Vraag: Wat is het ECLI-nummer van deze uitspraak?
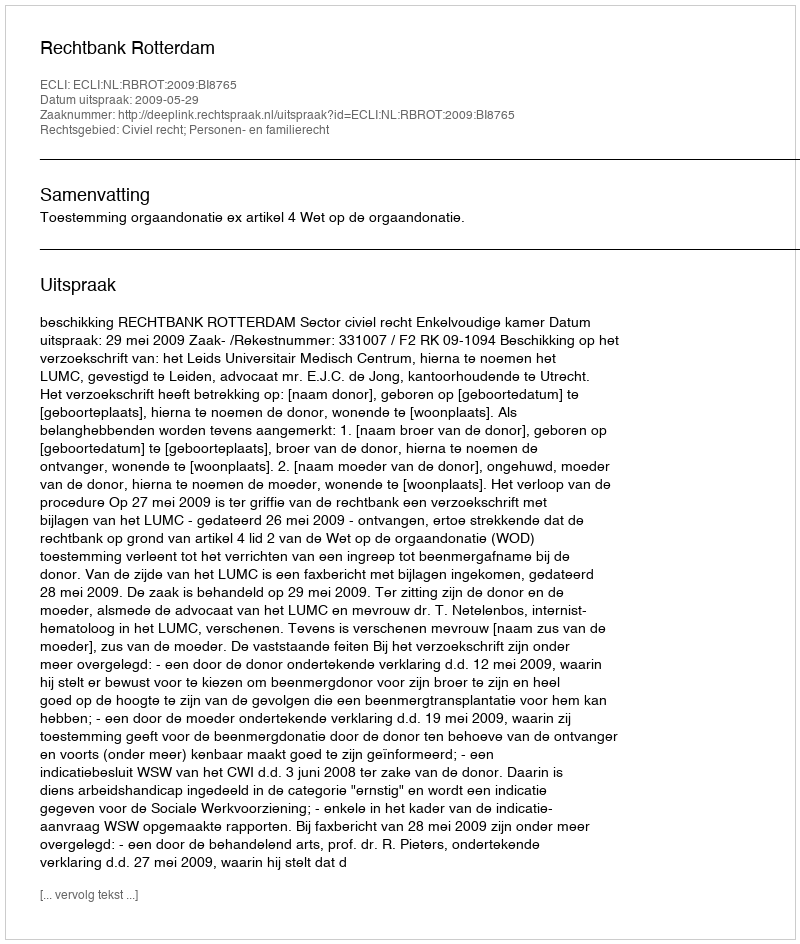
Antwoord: ECLI:NL:RBROT:2009:BI8765